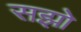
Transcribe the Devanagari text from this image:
सझो